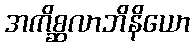
အကိစ္ဆလာဘိနိယော